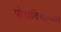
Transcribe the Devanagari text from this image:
पोचविणार्‍या